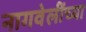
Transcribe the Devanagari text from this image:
नागवेलींच्या